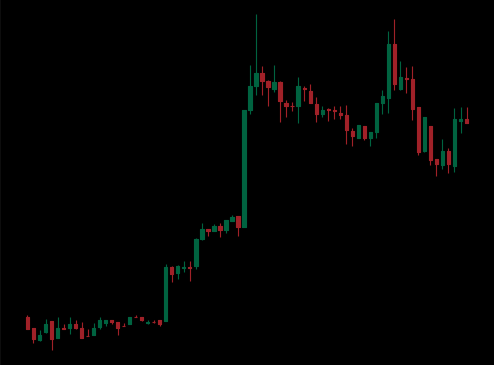
Pattern: bear_flag